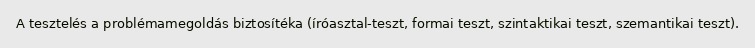
A tesztelés a problémamegoldás biztosítéka (íróasztal-teszt, formai teszt, szintaktikai teszt, szemantikai teszt).